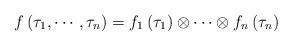
LaTeX: \begin{align*}f\left( \tau _{1},\cdots ,\tau _{n}\right) =f_{1}\left( \tau _{1}\right)\otimes \cdots \otimes f_{n}\left( \tau _{n}\right) \end{align*}